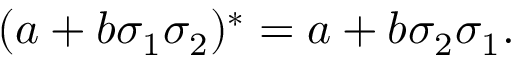
( a + b \sigma _ { 1 } \sigma _ { 2 } ) ^ { * } = a + b \sigma _ { 2 } \sigma _ { 1 } .